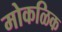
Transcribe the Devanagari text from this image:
मोकळिक